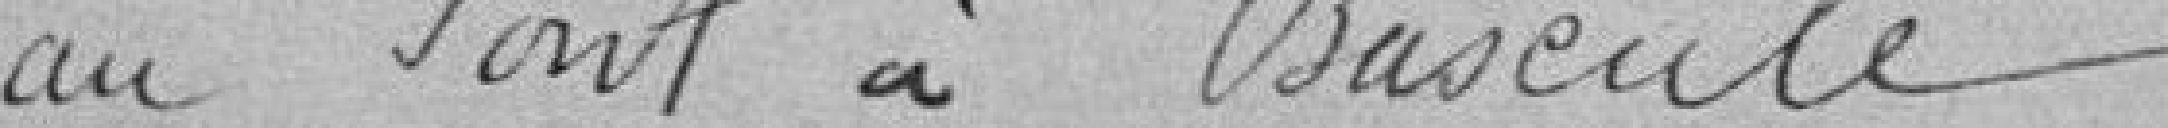
au Pont à Bascule